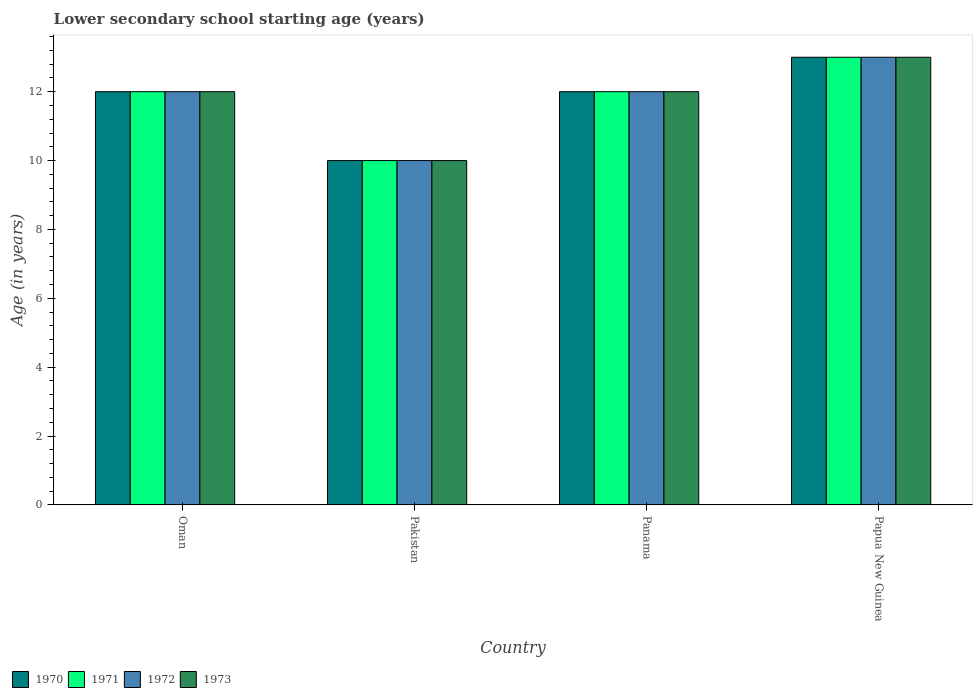
| Country | 1970 | 1971 | 1972 | 1973 |
 | --- | --- | --- | --- | --- |
 | Oman | 12 | 12 | 12 | 12 |
 | Pakistan | 10 | 10 | 10 | 10 |
 | Panama | 12 | 12 | 12 | 12 |
 | Papua New Guinea | 13 | 13 | 13 | 13 |